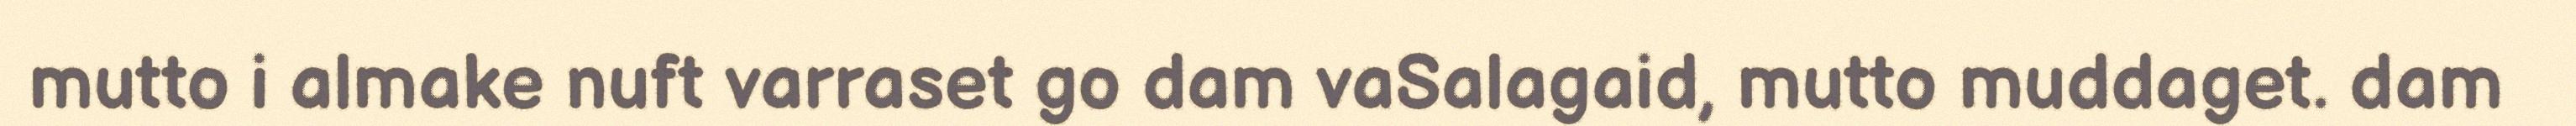
mutto i almake nuft varraset go dam vaSalagaid, mutto muddaget. dam